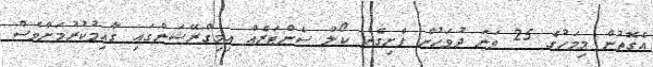
އެގޮތުން މިމަހުގެ 25 ވަނަ ދުވަހުން ފެށިގެން ކޯލް ސެންޓަރެއް އިމިގްރޭޝަންގައި ގާއިމުކުރުމަށްވެސް